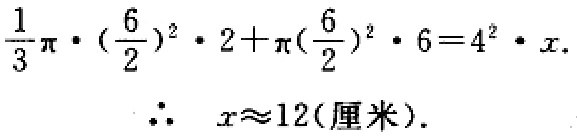
\[\frac{1}{3}\pi\cdot\left(\frac{6}{2}\right)^{2}\cdot2+\pi\left(\frac{6}{2}\right)^{2}\cdot6 = 4^{2}\cdot x.\]
\[\therefore\ x\approx12(\text{厘米}).\]